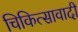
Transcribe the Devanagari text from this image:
चिकित्सावादी